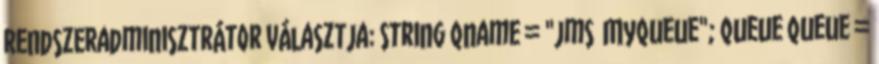
rendszeradminisztrátor választja: String qname = "jms MyQueue"; Queue queue =